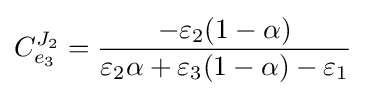
C_{e_{3}}^{J_{2}}={\frac {-\varepsilon _{2}(1-\alpha )}{\varepsilon _{2}\alpha +\varepsilon _{3}(1-\alpha )-\varepsilon _{1}}}